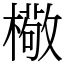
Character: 㯳